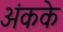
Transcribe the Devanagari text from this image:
अंकके